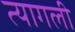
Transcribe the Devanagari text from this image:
त्यागली